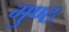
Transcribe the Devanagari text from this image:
गुण्ठ